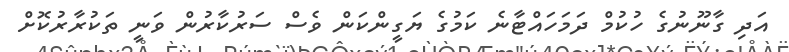
އަދި ގާނޫނުގެ ހުކުމް ދަމަހައްޓާނެ ކަމުގެ ޔަގީންކަން ވެސް ސަރުކާރުން ވަނީ ތަކުރާރުކޮށް